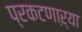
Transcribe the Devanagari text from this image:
प्रकटणाऱ्या